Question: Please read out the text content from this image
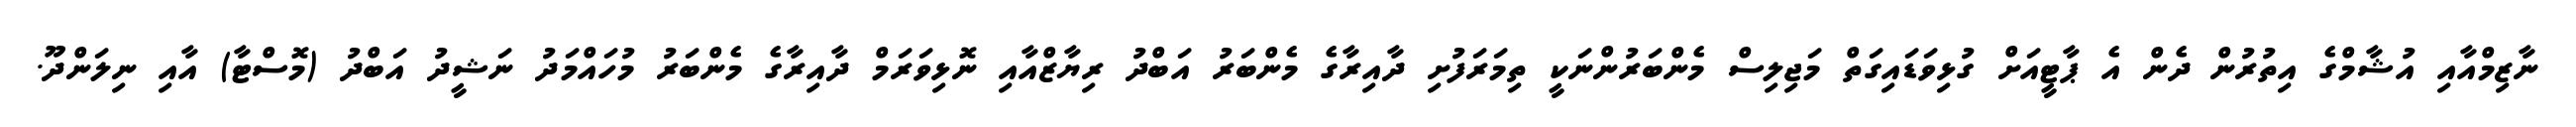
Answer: ނާޒިމްއާއި އުޝާމްގެ އިތުރުން ދެން އެ ޕާޓީއަށް ގުޅިވަޑައިގަތް މަޖިލިސް މެންބަރުންނަކީ ތިމަރަފުށި ދާއިރާގެ މެންބަރު އަބްދު ރިޔާޒްއާއި ނޮޅިވަރަމް ދާއިރާގެ މެންބަރު މުހައްމަދު ނަޝީދު އަބްދު (މޮސްޓާ) އާއި ނިލަންދޫ.